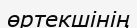
өртекшінің